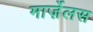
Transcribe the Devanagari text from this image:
मार्ज़ेलस